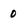
Character: 0